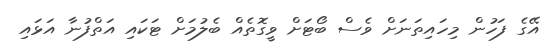
އޭގެ ފަހުން މިހައިތަނަށް ވެސް ބޯޓަށް ވީގޮތެއް ބެލުމަށް ޓަކައި އަތްފުނާ އަޅައި